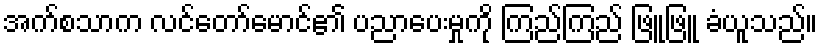
အက်စသာက လင်တော်မောင်၏ ပညာပေးမှုကို ကြည်ကြည် ဖြူဖြူ ခံယူသည်။